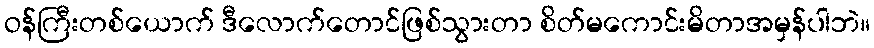
ဝန်ကြီးတစ်ယောက် ဒီလောက်တောင်ဖြစ်သွားတာ စိတ်မကောင်းမိတာအမှန်ပါဘဲ။